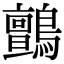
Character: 鸇